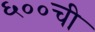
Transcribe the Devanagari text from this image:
६००ची